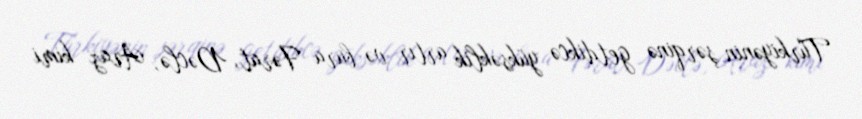
Türkiyənin şərqinə getdikcə yüksəklik artır və bura Fərat, Dəclə, Araz kimi